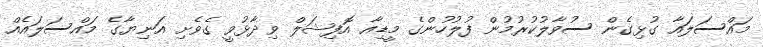
މައްސަލައާ ގުޅިގެން ސުވާލުކުރުމުން ފުލުހުންގެ މީޑިއާ އޮފިޝަލް ވިދާޅުވީ ގެވެށި އަނިޔާގެ މައްސަލައެއް